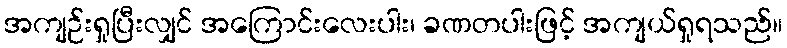
အကျဉ်းရှုပြီးလျှင် အကြောင်းလေးပါး၊ ခဏတပါးဖြင့် အကျယ်ရှုရသည်။